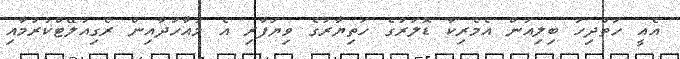
އެއީ ހަތްދިހަ ބިލިއަން އެމެރިކާ ޑޮލަރުގެ ހަތިޔާރުގެ ވިޔަފާރި އެ މުއާހަދާއިން ރެގިއުލޭޓްކުރުމާއި